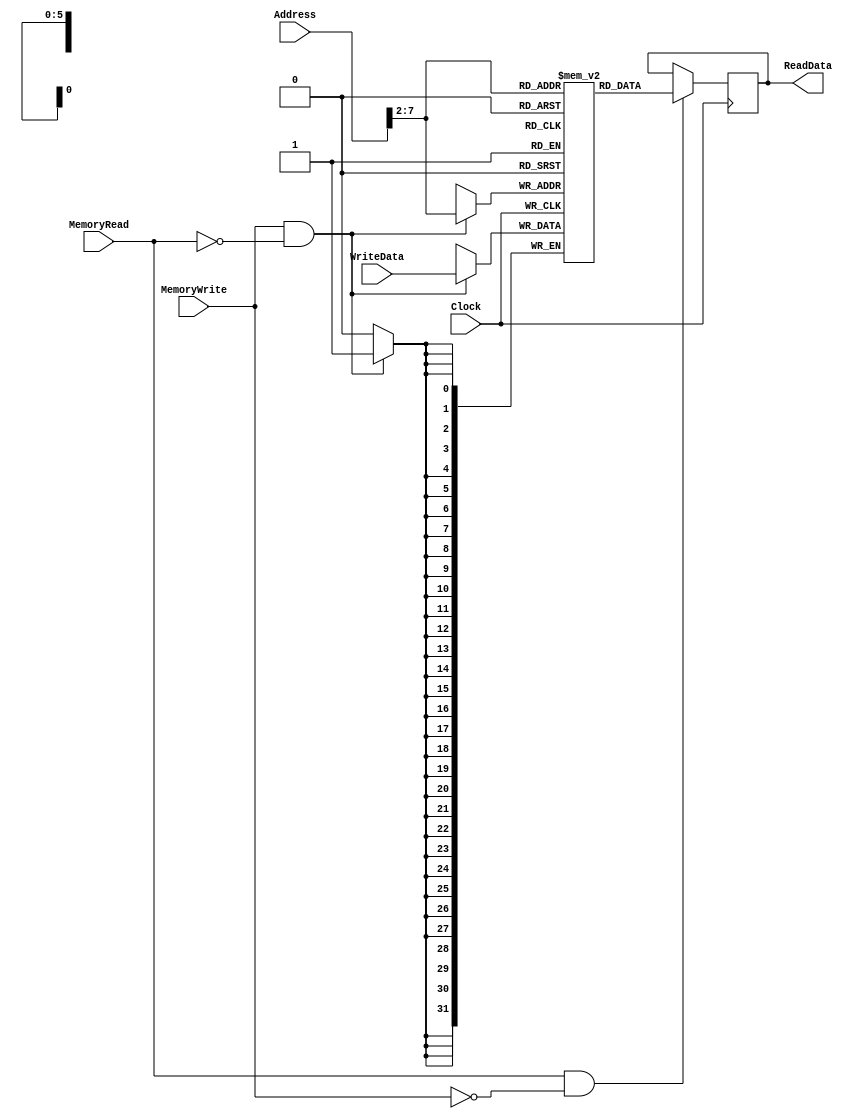
`timescale 1ns / 1ps
module DataMemory (ReadData, Address, WriteData, MemoryRead, MemoryWrite, Clock);
input [31:0] Address, WriteData;
input MemoryRead, MemoryWrite, Clock;
output reg [31:0] ReadData;
reg [31:0] memloc[63:0];   //memory locations

always @(negedge Clock)
begin 
if(MemoryWrite && !MemoryRead)
begin 
  memloc[Address>>2] <= #2 WriteData;
 
end
end
always @(posedge Clock)
begin
if(MemoryRead && !MemoryWrite)
begin
ReadData <= #2 memloc[Address>>2];

end
end
endmodule